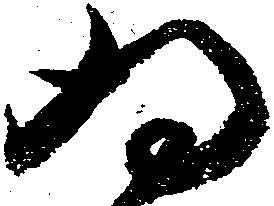
為